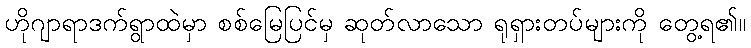
ဟိုဂျာရာဒက်ရွာထဲမှာ စစ်မြေပြင်မှ ဆုတ်လာသော ရုရှားတပ်များကို တွေ့ရ၏။